Scientific memoirs by medical officers of the Army of India - Part XII,
Year: 1901
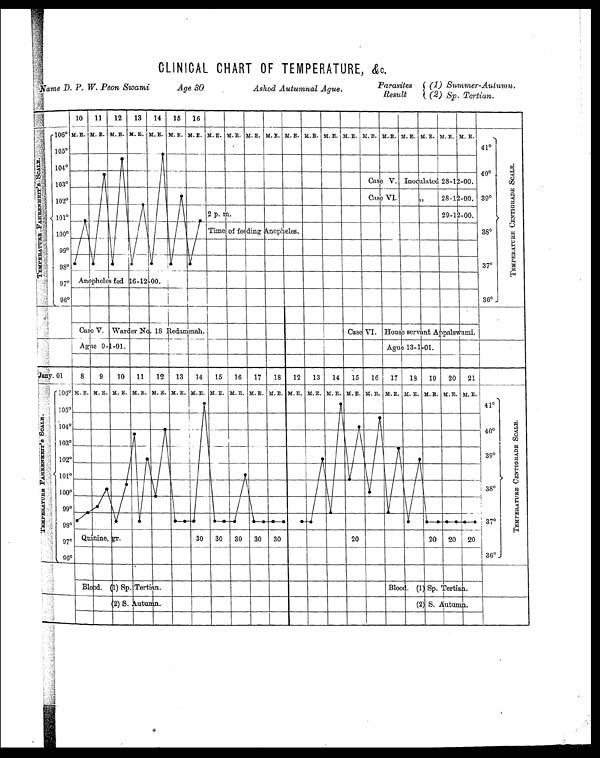
CLINICAL CHART OF TEMPERATURE, &c.
' Name D. P. W. Peon Swami
Fk1
kif
Age 30
Ashod Autumnal Ague.
Parasites
r -Autu
.
(1) Summ e
mn
Result
(2) 6. Tertian.